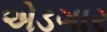
એડગાર